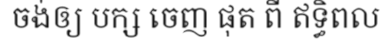
ចង់ឲ្យ បក្ស ចេញ ផុត ពី ឥទ្ធិពល